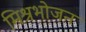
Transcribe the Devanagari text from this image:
मिश्रभोजन